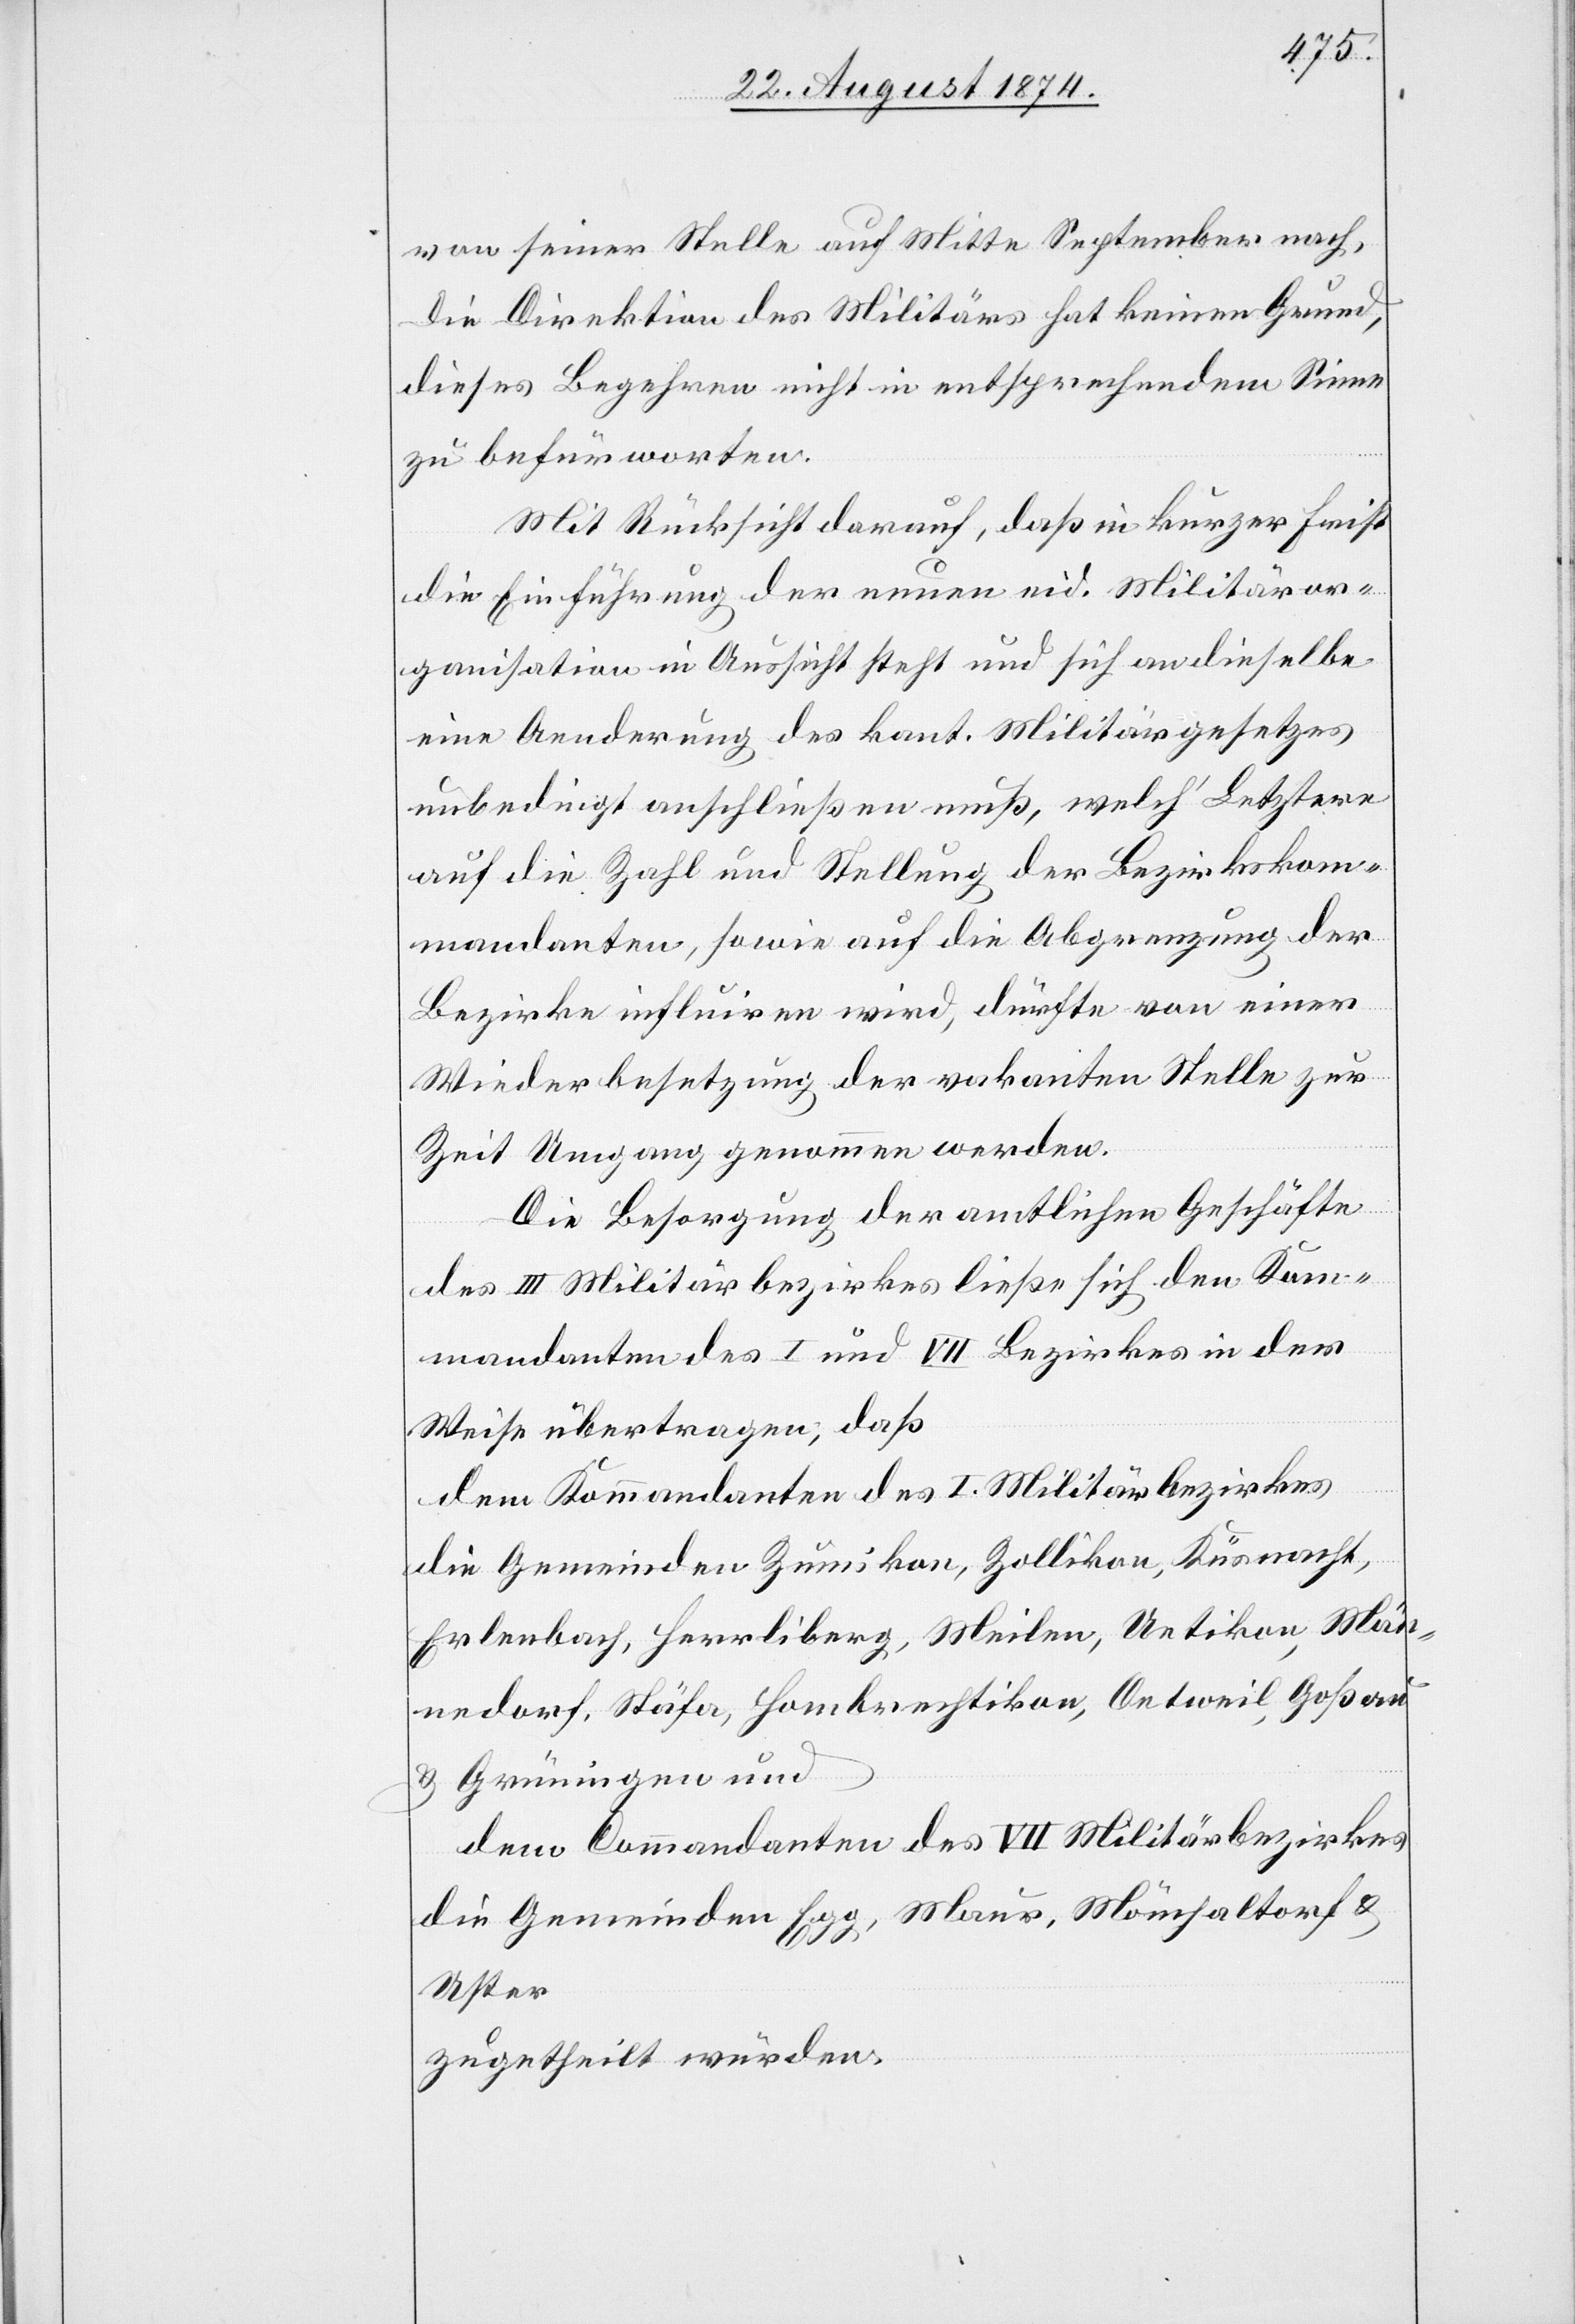
von seiner Stelle auf Mitte September nach,[.]
Die Direktion des Militärs hat keinen Grund,
dieses Begehren nicht in entsprechendem Sinne
zu befürworten.
Mit Rücksicht darauf, daß in kurzer Frist
die Einführung der neuen eid. Militäror¬
ganisation in Aussicht steht und sich an dieselbe
eine Aenderung des kant. Militärgesetzes
unbedingt anschließen muß, welch‘ Letztere
auf die Zahl und Stellung der Bezirkskom¬
mandanten, sowie auf die Abgrenzung der
Bezirke influiren wird, dürfte von einer
Wiederbesetzung der vakanten Stelle zur
Zeit Umgang genommen werden.
Die Besorgung der amtlichen Geschäfte
des III. Militärbezirkes ließe sich den Kom¬
mandanten des I. und VII. Bezirkes in der
Weise übertragen, daß
dem Kommandanten des I. Militärbezirkes
die Gemeinden Zumikon, Zollikon, Küsnacht,
Erlenbach, Herrliberg, Meilen, Uetikon, Män¬
nedorf, Stäfa, Hombrechtikon, Oetweil, Goßau
u. Grüningen und
dem Commandanten des VII. Militärbezirkes
die Gemeinden Egg, Maur, Mönchaltorf u.
Uster
zugetheilt werden.